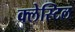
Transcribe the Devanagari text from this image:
क्लेस्टिल